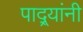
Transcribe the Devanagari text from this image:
पाद्र्यांनी